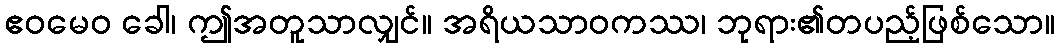
ဧဝမေဝ ခေါ၊ ဤအတူသာလျှင်။ အရိယသာဝကဿ၊ ဘုရား၏တပည့်ဖြစ်သော။